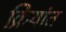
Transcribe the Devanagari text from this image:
क्रियांत